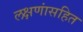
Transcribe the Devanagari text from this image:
लक्षणांसहित